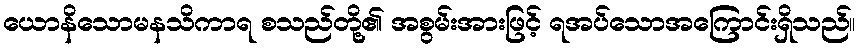
ယောနိသောမနသိကာရ စသည်တို့၏ အစွမ်းအားဖြင့် ရအပ်သောအကြောင်းရှိသည်။